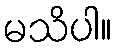
မသိပါ။